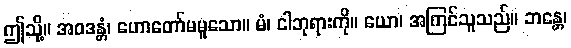
ဤသို့။ အဝဒန္တံ၊ ဟောတော်မမူသော။ မံ၊ ငါဘုရားကို။ ယော၊ အကြင်သူသည်။ ဘန္တေ၊